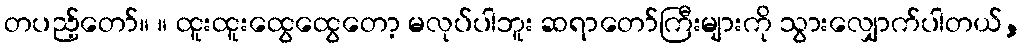
တပည့်တော်။ ။ ထူးထူးထွေထွေတော့ မလုပ်ပါဘူး ဆရာတော်ကြီးများကို သွားလျှောက်ပါတယ်,